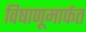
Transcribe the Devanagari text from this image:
विषाणूमार्फत